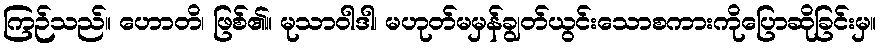
ကြဉ်သည်။ ဟောတိ၊ ဖြစ်၏။ မုသာဝါဒါ၊ မဟုတ်မမှန်ချွတ်ယွင်းသောစကားကိုပြောဆိုခြင်းမှ။